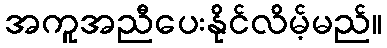
အကူအညီပေးနိုင်လိမ့်မည်။